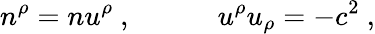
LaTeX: n^{\rho}=nu^{\rho}\ ,\qquad\quad u^{\rho}u_{\rho}=-c^{2}\ ,